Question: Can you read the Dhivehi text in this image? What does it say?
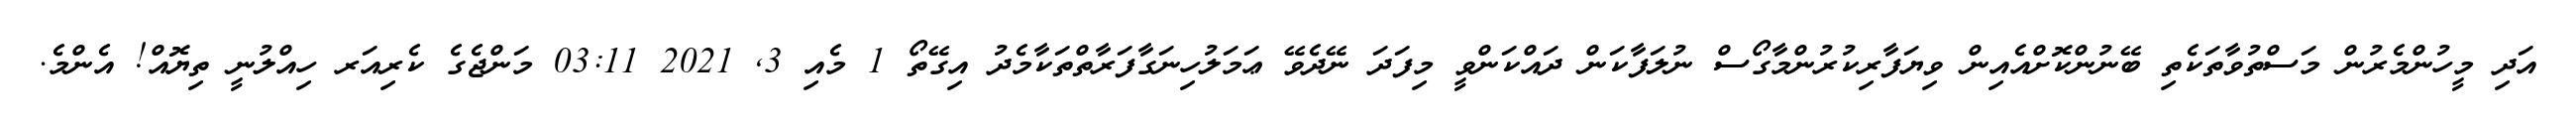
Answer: އަދި މީހުންމެރުން މަސްތުވާތަކެތި ބޭނުންކޮށްއެއިން ވިޔަފާރިކުރުންމާގޯސް ނުލަފާކަން ދައްކަންވީ މިފަދަ ނޭދެވޭ ޢަމަލުހިނަގާފަރާތްތަކާމެދު އިގޭތޯ 1 މެއި 3, 2021 03:11 މަންޖެގެ ކެރިއަރ ހިއްލުނީ ތިޔޮއް! އެންމެ.